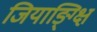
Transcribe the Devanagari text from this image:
जियाङ्ग्क्षि